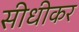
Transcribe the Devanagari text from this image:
सीधीकर